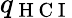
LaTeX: q_{\mathrm{~H~C~I~}}